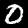
Digit: 0